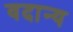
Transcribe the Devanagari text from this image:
वदान्य